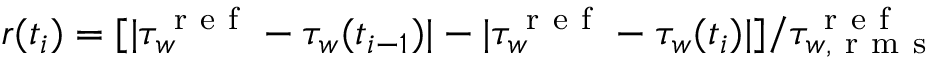
r ( t _ { i } ) = [ | \tau _ { w } ^ { \mathrm { ~ r ~ e ~ f ~ } } - \tau _ { w } ( t _ { i - 1 } ) | - | \tau _ { w } ^ { \mathrm { ~ r ~ e ~ f ~ } } - \tau _ { w } ( t _ { i } ) | ] / \tau _ { w , \mathrm { ~ r ~ m ~ s ~ } } ^ { \mathrm { ~ r ~ e ~ f ~ } }